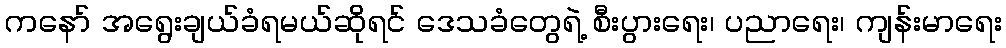
ကနော် အရွေးချယ်ခံရမယ်ဆိုရင် ဒေသခံတွေရဲ့ စီးပွားရေး၊ ပညာရေး၊ ကျန်းမာရေး